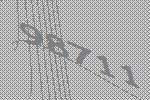
98711